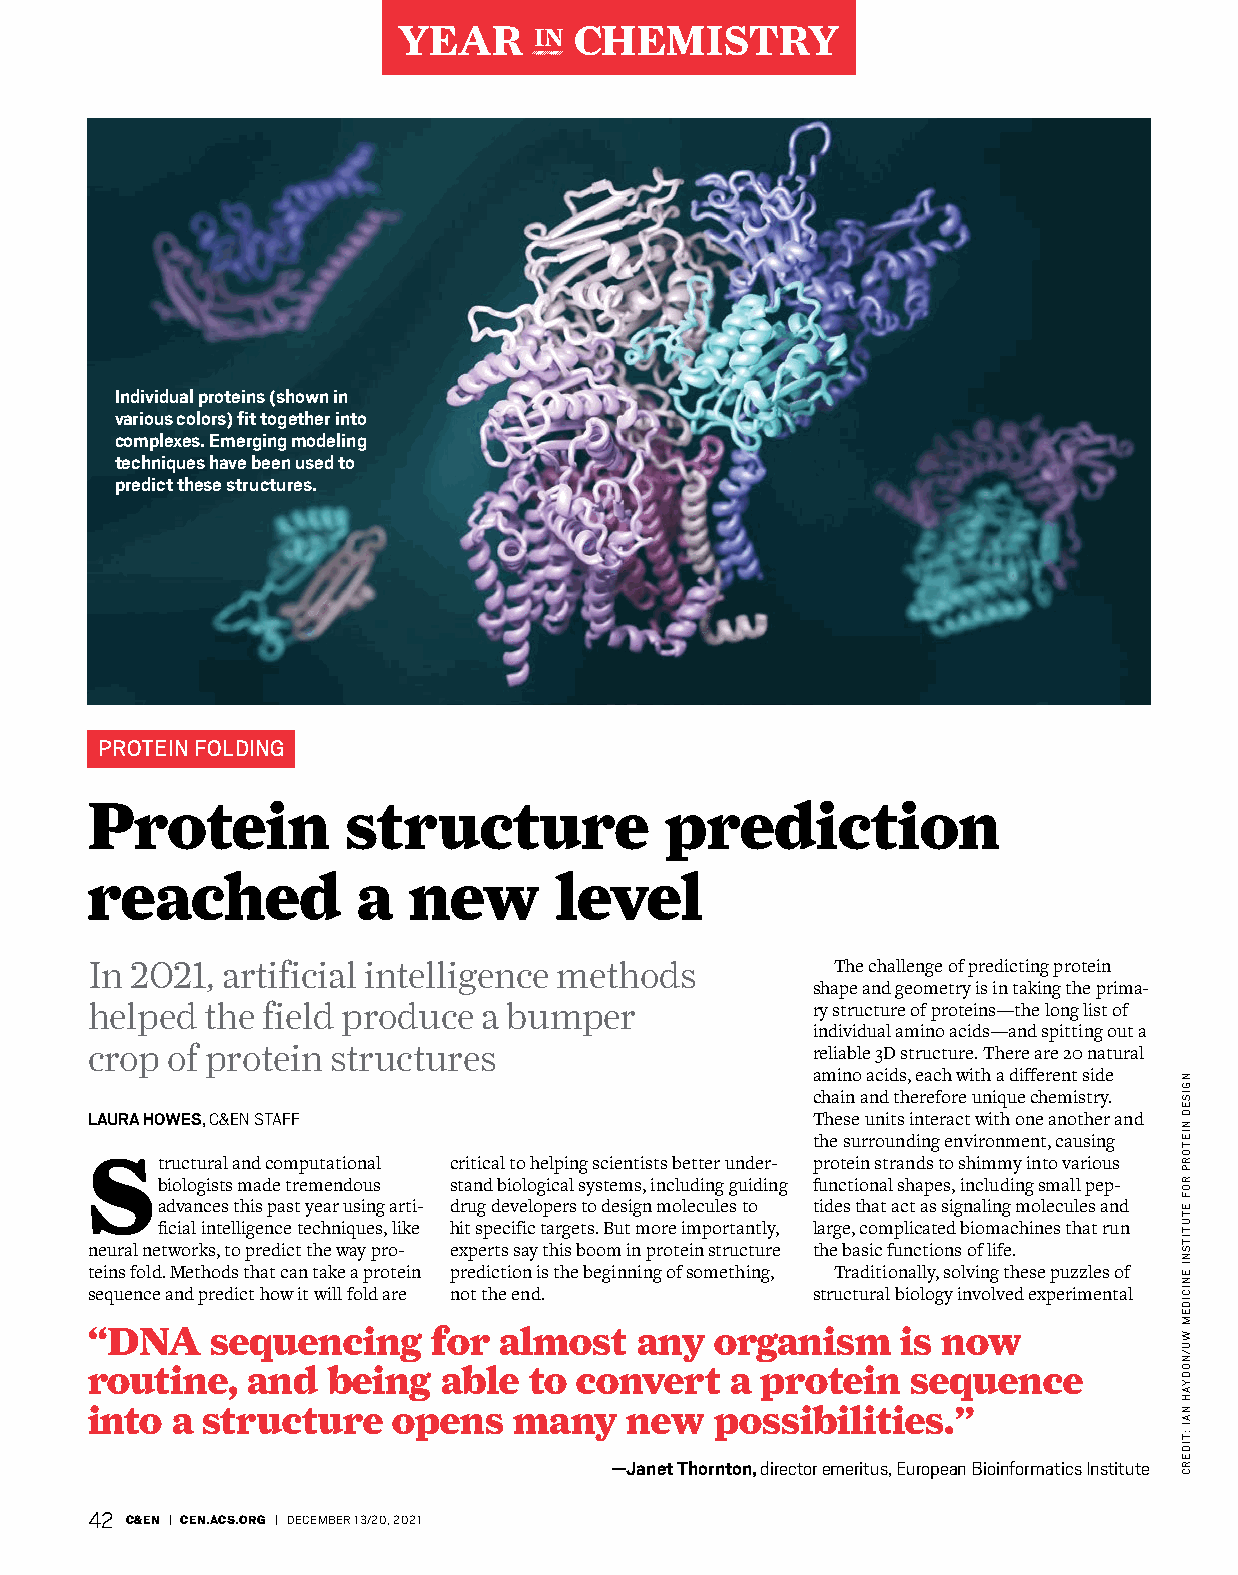
YEAR     IN CHEMISTRY
 Individual proteins (shown in
 various colors) fit together into
 complexes. Emerging modeling
 techniques have been used to
 predict these structures.
 PROTEIN FOLDING
 Protein          structure            prediction
 reached           a  new       level
 In 2021, artificial intelligence methods         The challenge of predicting protein
 shape and geometry is in taking the prima-
 helped  the field produce a bumper              ry structure of proteins—the long list of
 individual amino acids—and spitting out a
 crop of protein structures                      reliable 3D structure. There are 20 natural
 amino acids, each with a different side
 chain and therefore unique chemistry.
 LAURA HOWES, C&EN STAFF                         These units interact with one another and
 the surrounding environment, causing
 Structural and computational critical to helping scientists better under- protein strands to shimmy into various
 biologists made tremendous stand biological systems, including guiding functional shapes, including small pep-
 advances this past year using arti- drug developers to design molecules to tides that act as signaling molecules and
 ficial intelligence techniques, like hit specific targets. But more importantly, large, complicated biomachines that run
 neural networks, to predict the way pro- experts say this boom in protein structure the basic functions of life.
 teins fold. Methods that can take a protein prediction is the beginning of something, Traditionally, solving these puzzles of
 sequence and predict how it will fold are not the end. structural biology involved experimental
 “DNA    sequencing     for almost   any  organism     is now
 routine,  and   being  able  to convert   a protein   sequence
 into a structure    opens   many   new   possibilities.”
 —Janet Thornton, director emeritus, European Bioinformatics Institute
 42 C&EN | CEN.ACS.ORG | DECEMBER 13/20, 2021
 NGISED
 NIETORP
 ROF
 ETUTITSNI
 ENICIDEM
 WU/NODYAH
 NAI
 :TIDERC